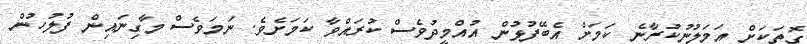
ގޮތަކަށް އަމަލުނުކުރާނެ ކަމަށް އެބޭފުޅުން އުއްމީދުވެސް ކުރައްވާ ކަމަށެވެ. ނަމަވެސް މާގިނައިން ފުލުހުން